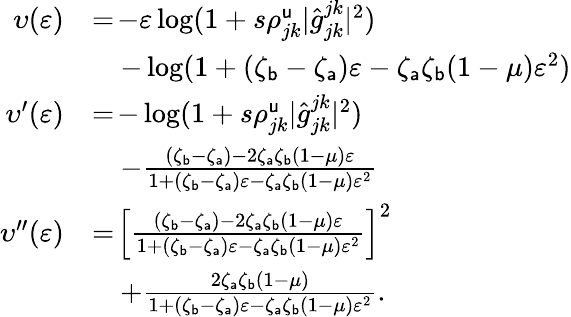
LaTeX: \begin{array}{rl}{\upsilon(\varepsilon)}&{=\! -\varepsilon\log(1+s\rho_{jk}^{\mathsf{u}}|\widehat{g}_{jk}^{jk}|^{2})}\\ &{\quad-\log(1+(\zeta_{\mathsf{b}}-\zeta_{\mathsf{a}})\varepsilon-\zeta_{\mathsf{a}}\zeta_{\mathsf{b}}(1-\mu)\varepsilon^{2})}\\ {\upsilon^{\prime}(\varepsilon)}&{=\! -\log(1+s\rho_{jk}^{\mathsf{u}}|\widehat{g}_{jk}^{jk}|^{2})}\\ &{\quad-\frac{(\zeta_{\mathsf{b}}-\zeta_{\mathsf{a}})-2\zeta_{\mathsf{a}}\zeta_{\mathsf{b}}(1-\mu)\varepsilon}{1+(\zeta_{\mathsf{b}}-\zeta_{\mathsf{a}})\varepsilon-\zeta_{\mathsf{a}}\zeta_{\mathsf{b}}(1-\mu)\varepsilon^{2}}}\\ {\upsilon^{\prime\prime}(\varepsilon)}&{=\! \left[\frac{(\zeta_{\mathsf{b}}-\zeta_{\mathsf{a}})-2\zeta_{\mathsf{a}}\zeta_{\mathsf{b}}(1-\mu)\varepsilon}{1+(\zeta_{\mathsf{b}}-\zeta_{\mathsf{a}})\varepsilon-\zeta_{\mathsf{a}}\zeta_{\mathsf{b}}(1-\mu)\varepsilon^{2}}\right]^{2}}\\ &{\quad+\frac{2\zeta_{\mathsf{a}}\zeta_{\mathsf{b}}(1-\mu)}{1+(\zeta_{\mathsf{b}}-\zeta_{\mathsf{a}})\varepsilon-\zeta_{\mathsf{a}}\zeta_{\mathsf{b}}(1-\mu)\varepsilon^{2}}.}\end{array}